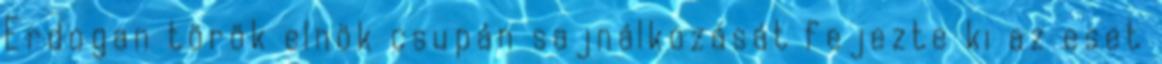
Erdogan török elnök csupán sajnálkozását fejezte ki az eset